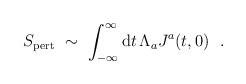
LaTeX: \begin{align*} S_{\rm pert} \ \sim \ \int_{-\infty}^\infty {\rm d}t \, \Lambda_a J^a(t,0) \ \ .\end{align*}